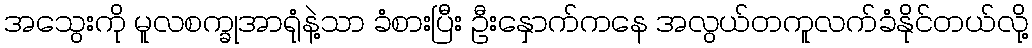
အသွေးကို မူလစက္ခုအာရုံနဲ့သာ ခံစားပြီး ဦးနှောက်ကနေ အလွယ်တကူလက်ခံနိုင်တယ်လို့